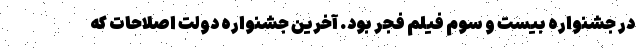
در جشنواره بیست و سوم فیلم فجر بود. آخرین جشنواره دولت اصلاحات که